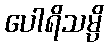
ပေါရိသမ္ပိ